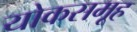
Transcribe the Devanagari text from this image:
योकसमूह